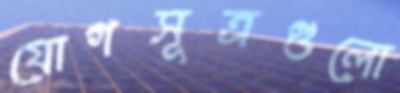
যোগসূত্রগুলো